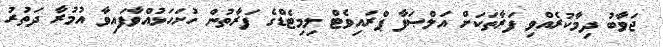
ޖަވާބު ދިމާކުރެއްވި ފަރާތަކަށް އަލްޞަފާ ޕްރައިވެޓް ލިމިޓެޑްގެ ފަރާތުން ހުށަހަޅުއްވާފައިވާ އުމުރާ ދަތުރު